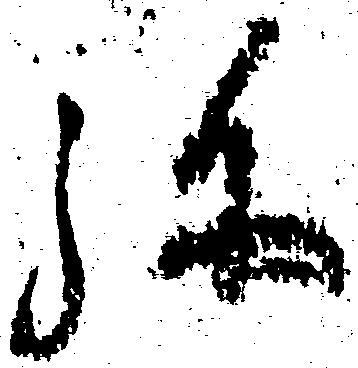
弥